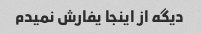
دیگه از اینجا یفارش نمیدم